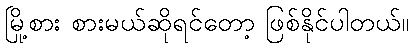
မြို့စား စားမယ်ဆိုရင်တော့ ဖြစ်နိုင်ပါတယ်။